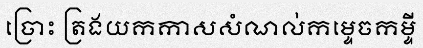
ច្រោះ ត្រងយកកាសសំណល់កម្ទេចកម្ទី